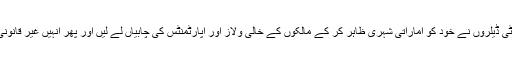
جبکہ کچھ ایسے کیسز بھی سامنے آئے ہیں‘ جن میں پراپرٹی ڈیلروں نے خود کو اماراتی شہری ظاہر کر کے مالکوں کے خالی وِلاز اور اپارٹمنٹس کی چابیاں لے لیں اور پھر انہیں غیر قانونی طور پر ایک سے زیادہ کرائے داروں کے حوالے کر دِیا۔